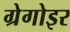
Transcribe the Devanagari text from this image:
ग्रेगोइर